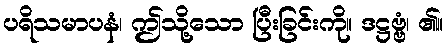
ပရိသမာပနံ၊ ဤသို့သော ပြီးခြင်းကို။ ဒဋ္ဌဗ္ဗံ၊ ၏။